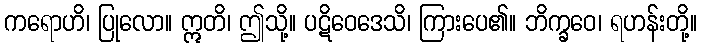
ကရောဟိ၊ ပြုလော။ ဣတိ၊ ဤသို့။ ပဋိဝေဒေသိ၊ ကြားပေ၏။ ဘိက္ခဝေ၊ ရဟန်းတို့။